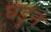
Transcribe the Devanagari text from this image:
घडुन